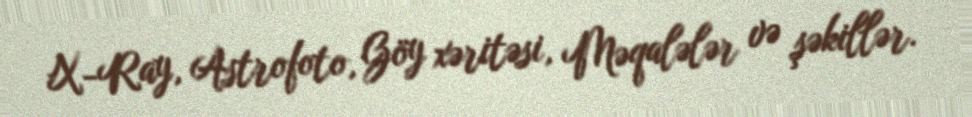
X-Ray, Astrofoto, Göy xəritəsi, Məqalələr və şəkillər.